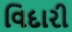
વિદારી